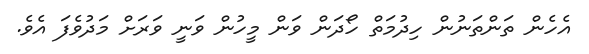
އެހެން ތަންތަނުން ހިދުމަތް ހޯދަން ވަން މީހުން ވަނީ ވަރަށް މަދުވެފަ އެވެ.